Report on vaccination in Madras 1877-1894 - 1877-1894
Year: 1877
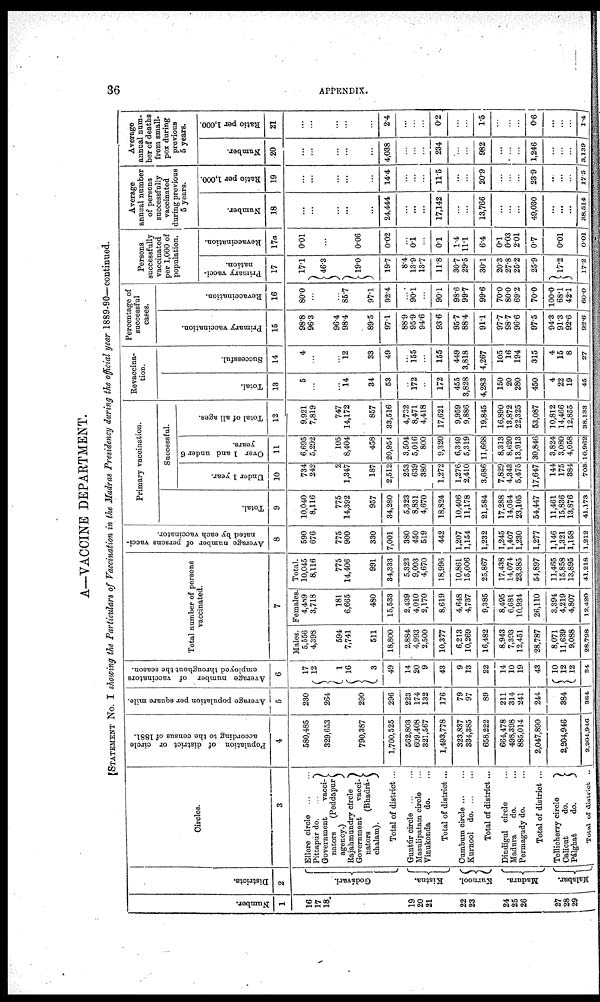
36
APPENDIX.
A—VACCINE DEPARTMENT.
STATEMENT No. I showing the Particulars of Vaccination in the Madras Presidency during the official year 1889-90—continued.
Number.
1
16
17
18
19
20
21
22
23
24
25
26
27
28
29
Districts.
2
Godávari.
Kistna.
Kurnool.
Madura.
Malabar.
Circles.
3
Ellore circle
...
...
Pittapur do.
...
Government vacci¬
nators (Peddapur
agency.)
Rajahmundry circle
Government vacci¬
nators (Bhadrá¬
chalam).
Total of district ...
Guntúr circle
...
...
Masulipatam circle ...
Tinukonda
do. ...
Total of district ...
Cumbum circle ... ...
Kurnool
do. ... ...
Total of district...
Dindigul circle ...
Madura
do. ...
Permagudy do. ...
Total of district ...
Tellicherry circle
Calicut
do.
Pálghat
do.
Total of district ..
Population of district or circle
according to the census of 1881.
4
580,485
329,653
790,387
1,700,525
562,803
609,408
321,567
1,493,778
323,837
334,385
658,222
664,478
498,398
885,014
2,047,890
2,204,946
2,204,946
Average population per square mile.
5
230
264
290
296
223
174
132
176
79
97
89
211
314
241
244
384
384
Average number of vaccinators
employed throughout the season.
6
17
12
1
16
3
49
14
20
9
43
9
13
22
14
10
19
43
10
12
12
34
Total number of persons
vaccinated.
7
Males.
5,556
4,398
594
7,741
511
18,800
2,884
4,993
2,500
10,377
6,213
10,269
16,482
8,943
7,393
12,451
28,787
8,071
11,639
9,088
28,798
Females.
4,489
3,718
181
6,665
480
15,533
2,439
4,010
2,170
8,619
4,648
4,737
9,385
8,495
6,681
10,934
26,110
3,394
4,219
4,807
12,420
Total.
10,045
8,116
775
14,406
991
34,333
5,323
9,003
4,670
18,996
10,861
15,006
25,867
17,438
14,074
23,385
54,897
11,465
15,858
13,895
41,218
Average number of persons vacci-
nated by each vaccinator.
8
590
676
775
900
330
7,001
380
450
519
442
1,207
1,154
1,232
1,245
1,407
1,230
1,277
1,146
1,321
1,158
1,212
Primary vaccination.
Total.
9
10,040
8,116
775
14,392
957
34,280
5,323
8,831
4,670
18,824
10,406
11,178
21,584
17,288
14,054
23,105
54,447
11,461
15,836
13,876
41,173
Successful.
Under 1 year.
10
734
242
2
1,347
187
2,512
253
639
380
1,272
1,276
2,410
3,686
7,829
4,343
5,475
17,647
144
175
384
703
Over 1 and under 6
years.
11
6,695
5,292
105
8,404
458
20,954
3,504
5,016
800
9,320
6,349
5,319
11,668
8,313
8,620
13,913
30,846
3,824
3,080
4,058
10,962
Total of all ages.
12
9,921
7,819
747
14,172
857
33,516
4,732
8,471
4,418
17,621
9,959
9,886
19,845
16,890
13,872
22,325
53,087
10,812
14,466
12,855
38,133
Revaccina¬
tion.
Total.
13
5
...
...
14
34
53
...
172
...
172
455
3,828
4,283
150
20
280
450
4
22
19
45
Successful.
14
4
...
...
12
33
49
...
155
...
155
449
3,818
4,267
105
16
194
315
4
15
8
27
Percentage of
successful
cases.
Primary vaccination.
15
98.8
96.3
96.4
98.4
89.5
97.1
88.9
95.9
94.6
93.6
95.7
88.4
91.1
97.7
98.7
96.6
97.5
94.3
91.3
92.6
92.6
Revaccination.
16
80.0
...
...
85.7
97.1
92.4
...
90.1
...
90.1
98.6
99.7
99.6
70.0
80.0
69.2
70.0
100.0
68.1
42.1
60.0
Persons
successfully
vaccinated
per 1,000 of
population.
Primary vacci-
nation.
17
17.1
46.3
19.0
19.7
8.4
13.9
13.7
11.8
30.7
29.5
30.1
20.3
27.8
25.2
25.9
17.2
17.2
Revaccination.
17a
0.01
...
0.06
0.02
...
0.1
...
0.1
1.4
11.1
6.4
0.1
0.03
2.01
0.7
0.01
0.01
Average
annual number
of persons
successfully
vaccinated
during previous
5 years.
Number.
18
...
...
...
...
...
24,444
...
...
...
17,142
...
...
13,766
...
...
...
49,030
...
...
...
38,514
Ratio per 1,000.
19
...
...
...
...
...
14.4
...
...
...
11.5
...
...
20.9
...
...
...
23.9
...
...
...
17.5
Average
annual num-
ber of deaths
from small-
pox during
previous
5 years.
Number.
20
...
...
...
...
...
4,038
...
...
...
234
...
...
982
...
...
...
1,246
...
...
...
3,139
Ratio per 1,000.
21
...
...
...
...
...
2.4
...
...
...
0.2
...
...
1.5
...
...
...
0.6
...
...
...
1.4